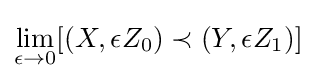
\lim _{\epsilon \to 0}[(X,\epsilon Z_{0})\prec (Y,\epsilon Z_{1})]